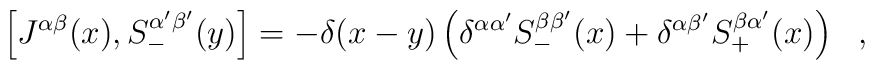
\left[J^{\alpha\beta}(x), S_-^{\alpha'\beta'}(y)\right]=-\delta(x-y)\left(\delta^{\alpha\alpha'}S_-^{\beta\beta'}(x) + \delta^{\alpha\beta'}S_+^{\beta\alpha'}(x)\right)~~,